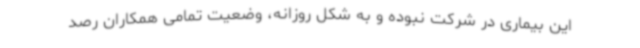
این بیماری در شرکت نبوده و به شکل روزانه، وضعیت تمامی همکاران رصد